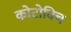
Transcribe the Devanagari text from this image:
कोटोविच